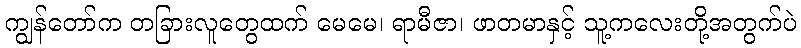
ကျွန်တော်က တခြားလူတွေထက် မေမေ၊ ရာမီဇာ၊ ဖာတမာနှင့် သူ့ကလေးတို့အတွက်ပဲ